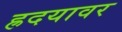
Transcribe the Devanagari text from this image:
ह्रदयावर